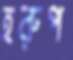
হরুপ